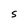
Character: S